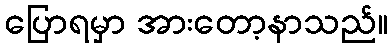
ပြောရမှာ အားတော့နာသည်။